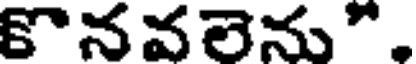
కొనవలెను",